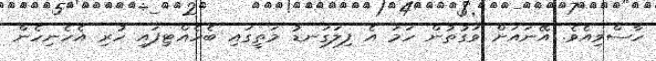
ހާސްވިއެވެ. އޭނައަށް ވަގުތުން ހަމަ އެ ފިލަގަނޑު މަތީގައި ބެހެއްޓިފައި ހުރި އެހެނިހެން